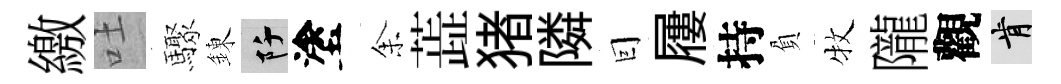
繳吐驟錬阡塗𪜬蕋猪隣囙屨持負牧隴觀肯